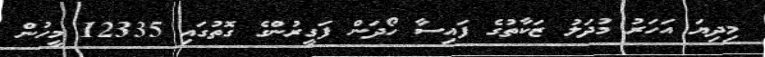
މިދިޔަ އަހަރު މުދަލު ޒަކާތުގެ ފައިސާ ހޯދަން ފަގީރުންގެ ގޮތުގައި 12335 މީހުން